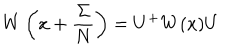
LaTeX: W \left( x + \frac { \Sigma } { N } \right) = U ^ { + } W ( x ) U